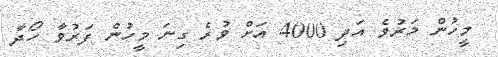
މީހުން މަރުވެ އަދި 4000 އަށް ވުރެ ގިނަ މީހުން ފަރުވާ ހޯދާ